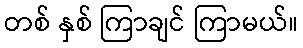
တစ် နှစ် ကြာချင် ကြာမယ်။